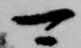
可